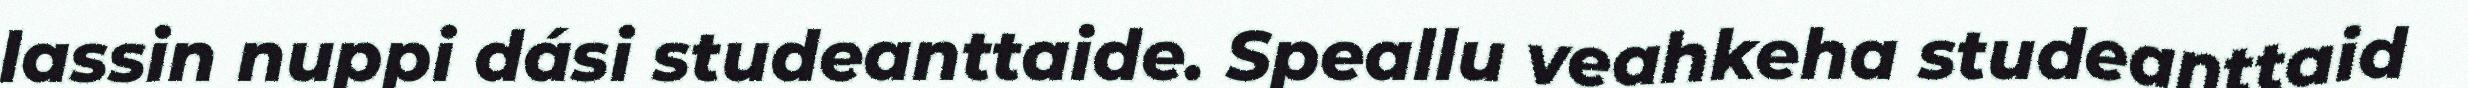
lassin nuppi dási studeanttaide. Speallu veahkeha studeanttaid